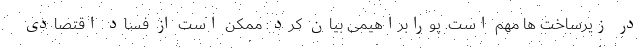
در زیرساخت ها مهم است. پورابراهیمی بیان کرد: ممکن است از فساد اقتصادی